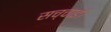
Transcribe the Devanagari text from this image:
सच्चाई।